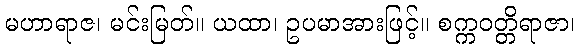
မဟာရာဇ၊ မင်းမြတ်။ ယထာ၊ ဥပမာအားဖြင့်။ စက္ကဝတ္တိရာဇာ၊